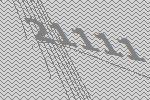
21111